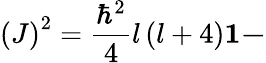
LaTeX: \left(J\right)^{2}=\frac{\hbar^{2}}{4}l\left(l+4\right)\mathbf{1-}